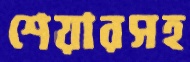
শেয়ারসহ